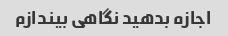
اجازه بدهید نگاهی بیندازم